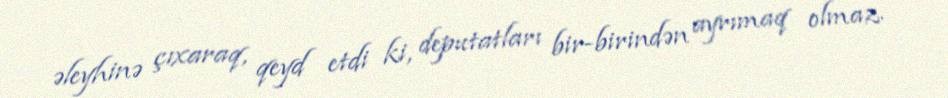
əleyhinə çıxaraq, qeyd etdi ki, deputatları bir-birindən ayrımaq olmaz.